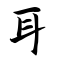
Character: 耳